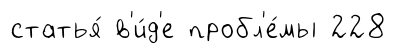
статья́ в'и́д'е пробл'е́мы 228